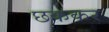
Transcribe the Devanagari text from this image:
छककर